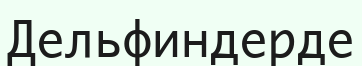
Дельфиндерде